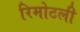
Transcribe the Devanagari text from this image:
रिमोटली